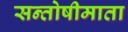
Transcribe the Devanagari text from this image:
सन्तोषीमाता